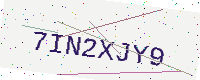
Text: 7IN2XJY9